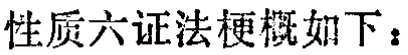
性质六证法梗概如下：